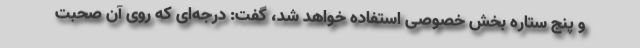
و پنج ستاره بخش خصوصی استفاده خواهد شد، گفت: درجه‌ای که روی آن صحبت